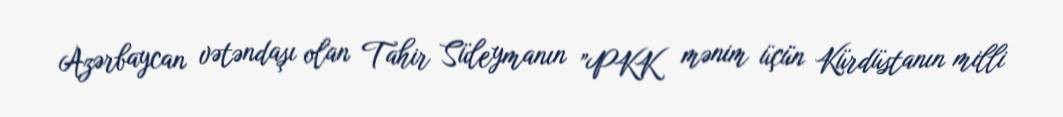
Azərbaycan vətəndaşı olan Tahir Süleymanın ”PKK mənim üçün Kürdüstanın milli